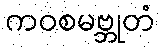
ကဝစမဗ္ဘုတံ